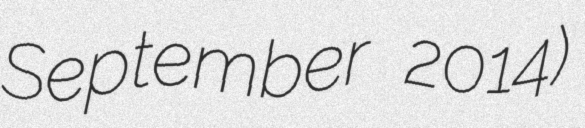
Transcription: September 2014)